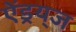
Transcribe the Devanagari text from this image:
ऐंड्रय्‌ज